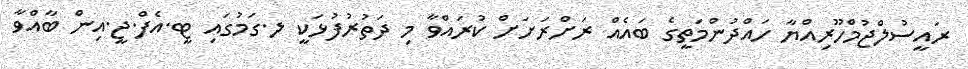
ރައީސުލްޖުމްހޫރިއްޔާ ހައްދުންމަތީގެ ބައެއް ރަށްރަށަށް ކުރައްވާ މި ދަތުރުފުޅަކީ ލ.ގަމުގައި ޓީ.އެފް.ޖީ.އިން ބާއްވާ